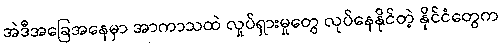
အဲဒီအခြေအနေမှာ အာကာသထဲ လှုပ်ရှားမှုတွေ လုပ်နေနိုင်တဲ့ နိုင်ငံတွေက